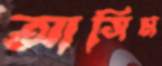
আসিম